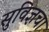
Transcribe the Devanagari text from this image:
सुविज्ञचा